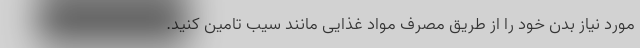
مورد نیاز بدن خود را از طریق مصرف مواد غذایی مانند سیب تامین کنید.